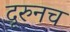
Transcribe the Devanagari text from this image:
दूरुनच